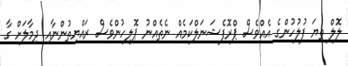
ލޮލް ތިޔަ ފުލުހުންގެ އެއްވެސް ޕްރޮފެޝަނަލްކަމެއް ނެތެއްނު ޕޮލިހުންވެސް ރައްޔިތުންނާއި ދިމާލަށް ގާ